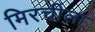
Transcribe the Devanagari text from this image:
मिरचीला